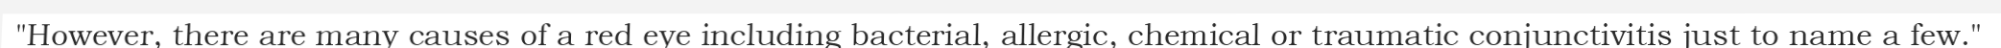
"However, there are many causes of a red eye including bacterial, allergic, chemical or traumatic conjunctivitis just to name a few."